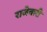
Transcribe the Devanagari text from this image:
राजेवारी